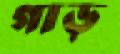
গাড়